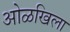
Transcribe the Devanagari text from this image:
ओळखिला